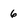
Character: 6